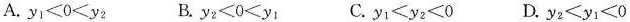
A.$$y _ { 1 } < 0 < y _ { 2 }$$ B.$$y _ { 2 } < 0 < y _ { 1 }$$ C.$$y _ { 1 } < y _ { 2 } < 0$$ D.$$y _ { 2 } < y _ { 1 } < 0$$